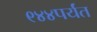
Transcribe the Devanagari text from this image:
९४४पर्यंत